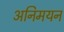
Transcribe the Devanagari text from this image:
अनिमयन